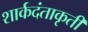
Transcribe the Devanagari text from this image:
शार्कदंताकृती